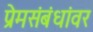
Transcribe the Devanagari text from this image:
प्रेमसंबंधांवर